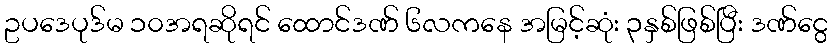
ဥပဒေပုဒ်မ ၁၀အရဆိုရင် ထောင်ဒဏ် ၆လကနေ အမြင့်ဆုံး ၃နှစ်ဖြစ်ပြီး ဒဏ်ငွေ